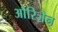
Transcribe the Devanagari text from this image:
औरिज़ेन